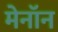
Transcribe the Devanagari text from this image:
मेनॉन